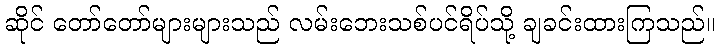
ဆိုင် တော်တော်များများသည် လမ်းဘေးသစ်ပင်ရိပ်သို့ ချခင်းထားကြသည်။